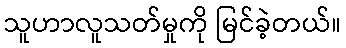
သူဟာလူသတ်မှုကို မြင်ခဲ့တယ်။